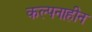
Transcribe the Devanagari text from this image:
कल्पनाहीन